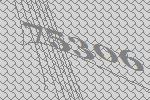
75306